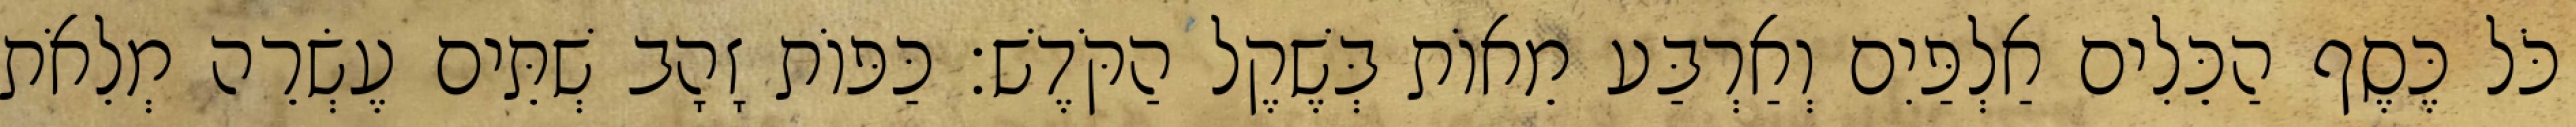
כֹּל כֶּסֶף הַכֵּלִים אַלְפַּיִם וְאַרְבַּע מֵאוֹת בְּשֶׁקֶל הַקֹּדֶשׁ׃ כַּפּוֹת זָהָב שְׁתֵּים עֶשְׂרֵה מְלֵאֹת